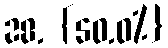
28. {50.0%}